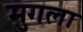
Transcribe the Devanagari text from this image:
मुगला